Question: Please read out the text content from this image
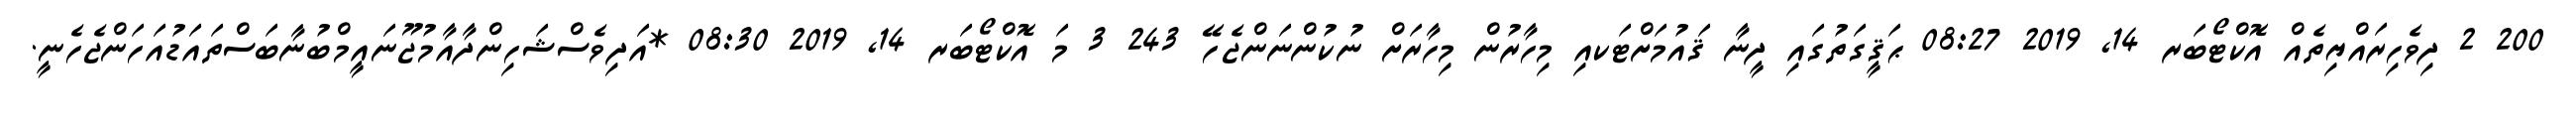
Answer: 200 2 ދިވެހިރައްޔިތެއް އޮކްޓޯބަރ 14, 2019 08:27 ޙަޤީގަތުގައި ދީނާ ޤައުމަށްޓަކއި މިހާރުން މިހާރަށް ނުކުންނަންޖެހޭ 243 3 މަ އޮކްޓޯބަރ 14, 2019 08:30 *އަދިވެސްޝަހިންދާއާމުޖޫނައީމްބުނާބަސްތައަޑުއަހަންޖެހެނީ.